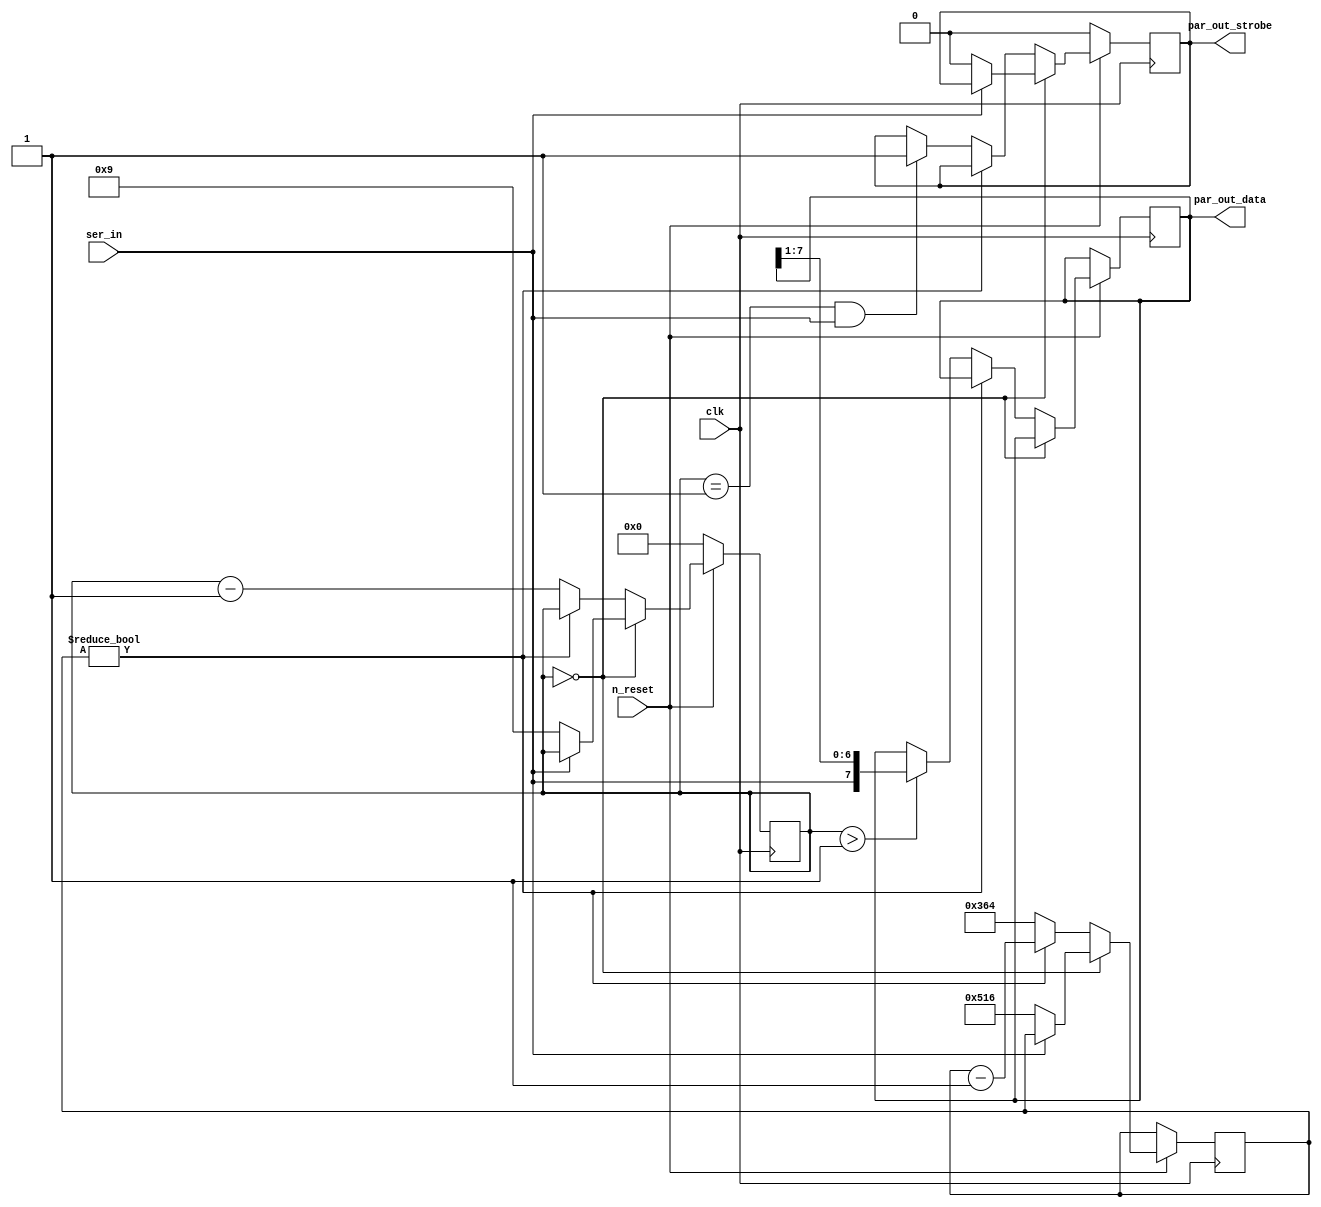
module mist_console #(parameter CLKFREQ=100) (
		     // system interface
		     input 	  clk,      // 125MHz
		     input 	  n_reset,
	
		     input 	  ser_in,

		     //	input par_out_
		     output [7:0] par_out_data,
		     output   par_out_strobe
); 

localparam TICKSPERBIT = (CLKFREQ*1000000)/115200;

assign par_out_data = rx_byte;
assign par_out_strobe = strobe;
 
reg strobe;
reg [7:0] rx_byte /* synthese noprune */;
reg [5:0] state;
reg [15:0] recheck; 

always @(posedge clk) begin
	if(!n_reset) begin
		state <= 6'd0;  // idle
		strobe <= 1'b0;
	end else begin
		if(state == 0) begin
 
			// detecting low in idle state
			if(!ser_in) begin 
				recheck <= 3*TICKSPERBIT/2;
				state <= 9;
				strobe <= 1'b0;
			end
		end else begin
			if(recheck != 0) 
				recheck <= recheck - 1;
			else begin
				if(state > 1)
					rx_byte <= { ser_in, rx_byte[7:1]};
					
				recheck <= TICKSPERBIT;
				state <= state - 1;
				
				// last bit is stop bit and needs to be '1'
				if((state == 1) && (ser_in == 1))
					strobe <= 1'b1;
			end
		end
	end
end

endmodule